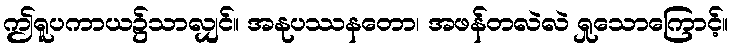
ဤရူပကာယ၌သာလျှင်။ အနုပဿနတော၊ အဖန်တလဲလဲ ရှုသောကြောင့်။